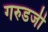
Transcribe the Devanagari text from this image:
गरुडजी